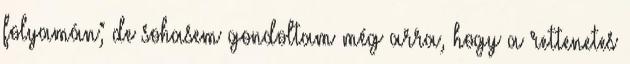
folyamán; de sohasem gondoltam még arra, hogy a rettenetes